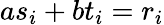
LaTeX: as_{i}+bt_{i}=r_{i}